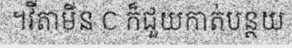
។វីតាមីន C ក៏ជួយកាត់បន្ថយ